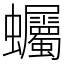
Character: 蠾